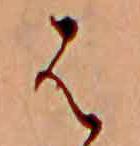
は